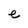
Character: e